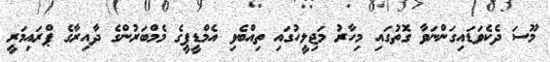
މޫސަ ދެކެވަޑައިގަންނަވާ ގޮތުގައި މިހާރު މަޖިލީހުގައި ތިއްބެވި އެމްޑީޕީގެ މެމްބަރުންގެ ދާއިރާގެ ޕްރައިމަރީ